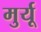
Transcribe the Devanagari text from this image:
मुर्यू